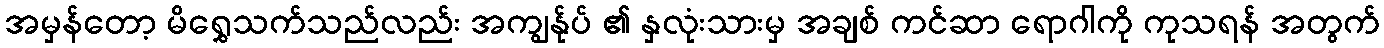
အမှန်တော့ မိရွှေသက်သည်လည်း အကျွန်ုပ် ၏ နှလုံးသားမှ အချစ် ကင်ဆာ ရောဂါကို ကုသရန် အတွက်